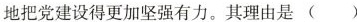
地把党建设得更加坚强有力。其理由是 ( )